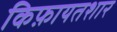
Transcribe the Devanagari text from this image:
किफ़ायतशार